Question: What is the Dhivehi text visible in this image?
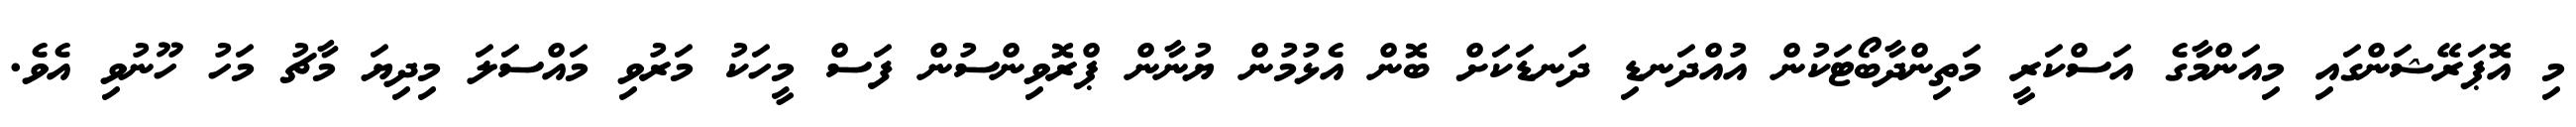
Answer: މި އޮޕަރޭޝަންގައި މިއަންމާގެ އަސްކަރީ މަތިންދާބޯޓަކުން އުއްދަނޑި ދަނޑަކަށް ބޮން އެޅުމުން ޔުނާން ޕްރޮވިންސުން ފަސް މީހަކު މަރުވި މައްސަލަ މިދިޔަ މާޗު މަހު ހޫނުވި އެވެ.